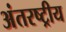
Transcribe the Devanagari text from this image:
अंतरष्ट्रीय